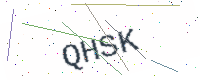
Text: QHSK